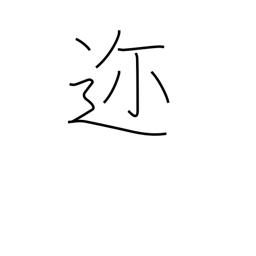
Meaning: near